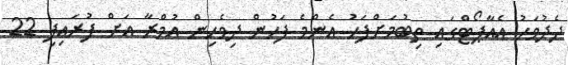
ދެދުވަހު އެއާޕޯޓްގައި ތިބުމަށްފަހު އެންމެ ފަހުން ދިވެހިން އުމްރާ އަށް ފުރައިފި 22